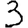
Digit: 3